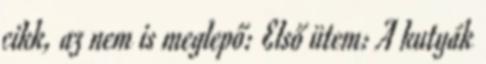
cikk, az nem is meglepő: Első ütem: A kutyák